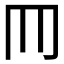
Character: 𦉫